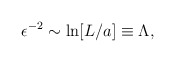
\begin{align*}\epsilon^{-2} \sim \ln [L/a] \equiv \Lambda,\end{align*}